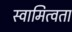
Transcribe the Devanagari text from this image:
स्वामित्वता